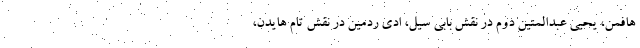
هافمن، یحیی عبدالمتین دوم در نقش بابی سیل، ادی ردمین در نقش تام هایدن،